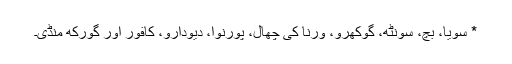
* سویا، بچ، سونٹھ، گوکھرو، ورنا کی چھال، پورنوا، دیودارو، کافور اور گورکھ منڈی۔